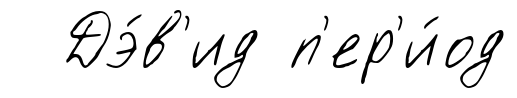
Дэ́в'ид п'ер'и́од